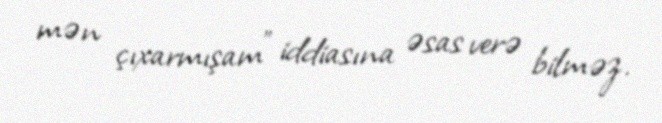
mən çıxarmışam" iddiasına əsas verə bilməz.